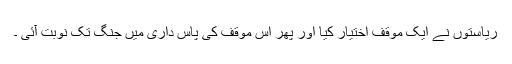
ریاستوں نے ایک موقف اختیار کیا اور پھر اس موقف کی پاس داری میں جنگ تک نوبت آئی ۔